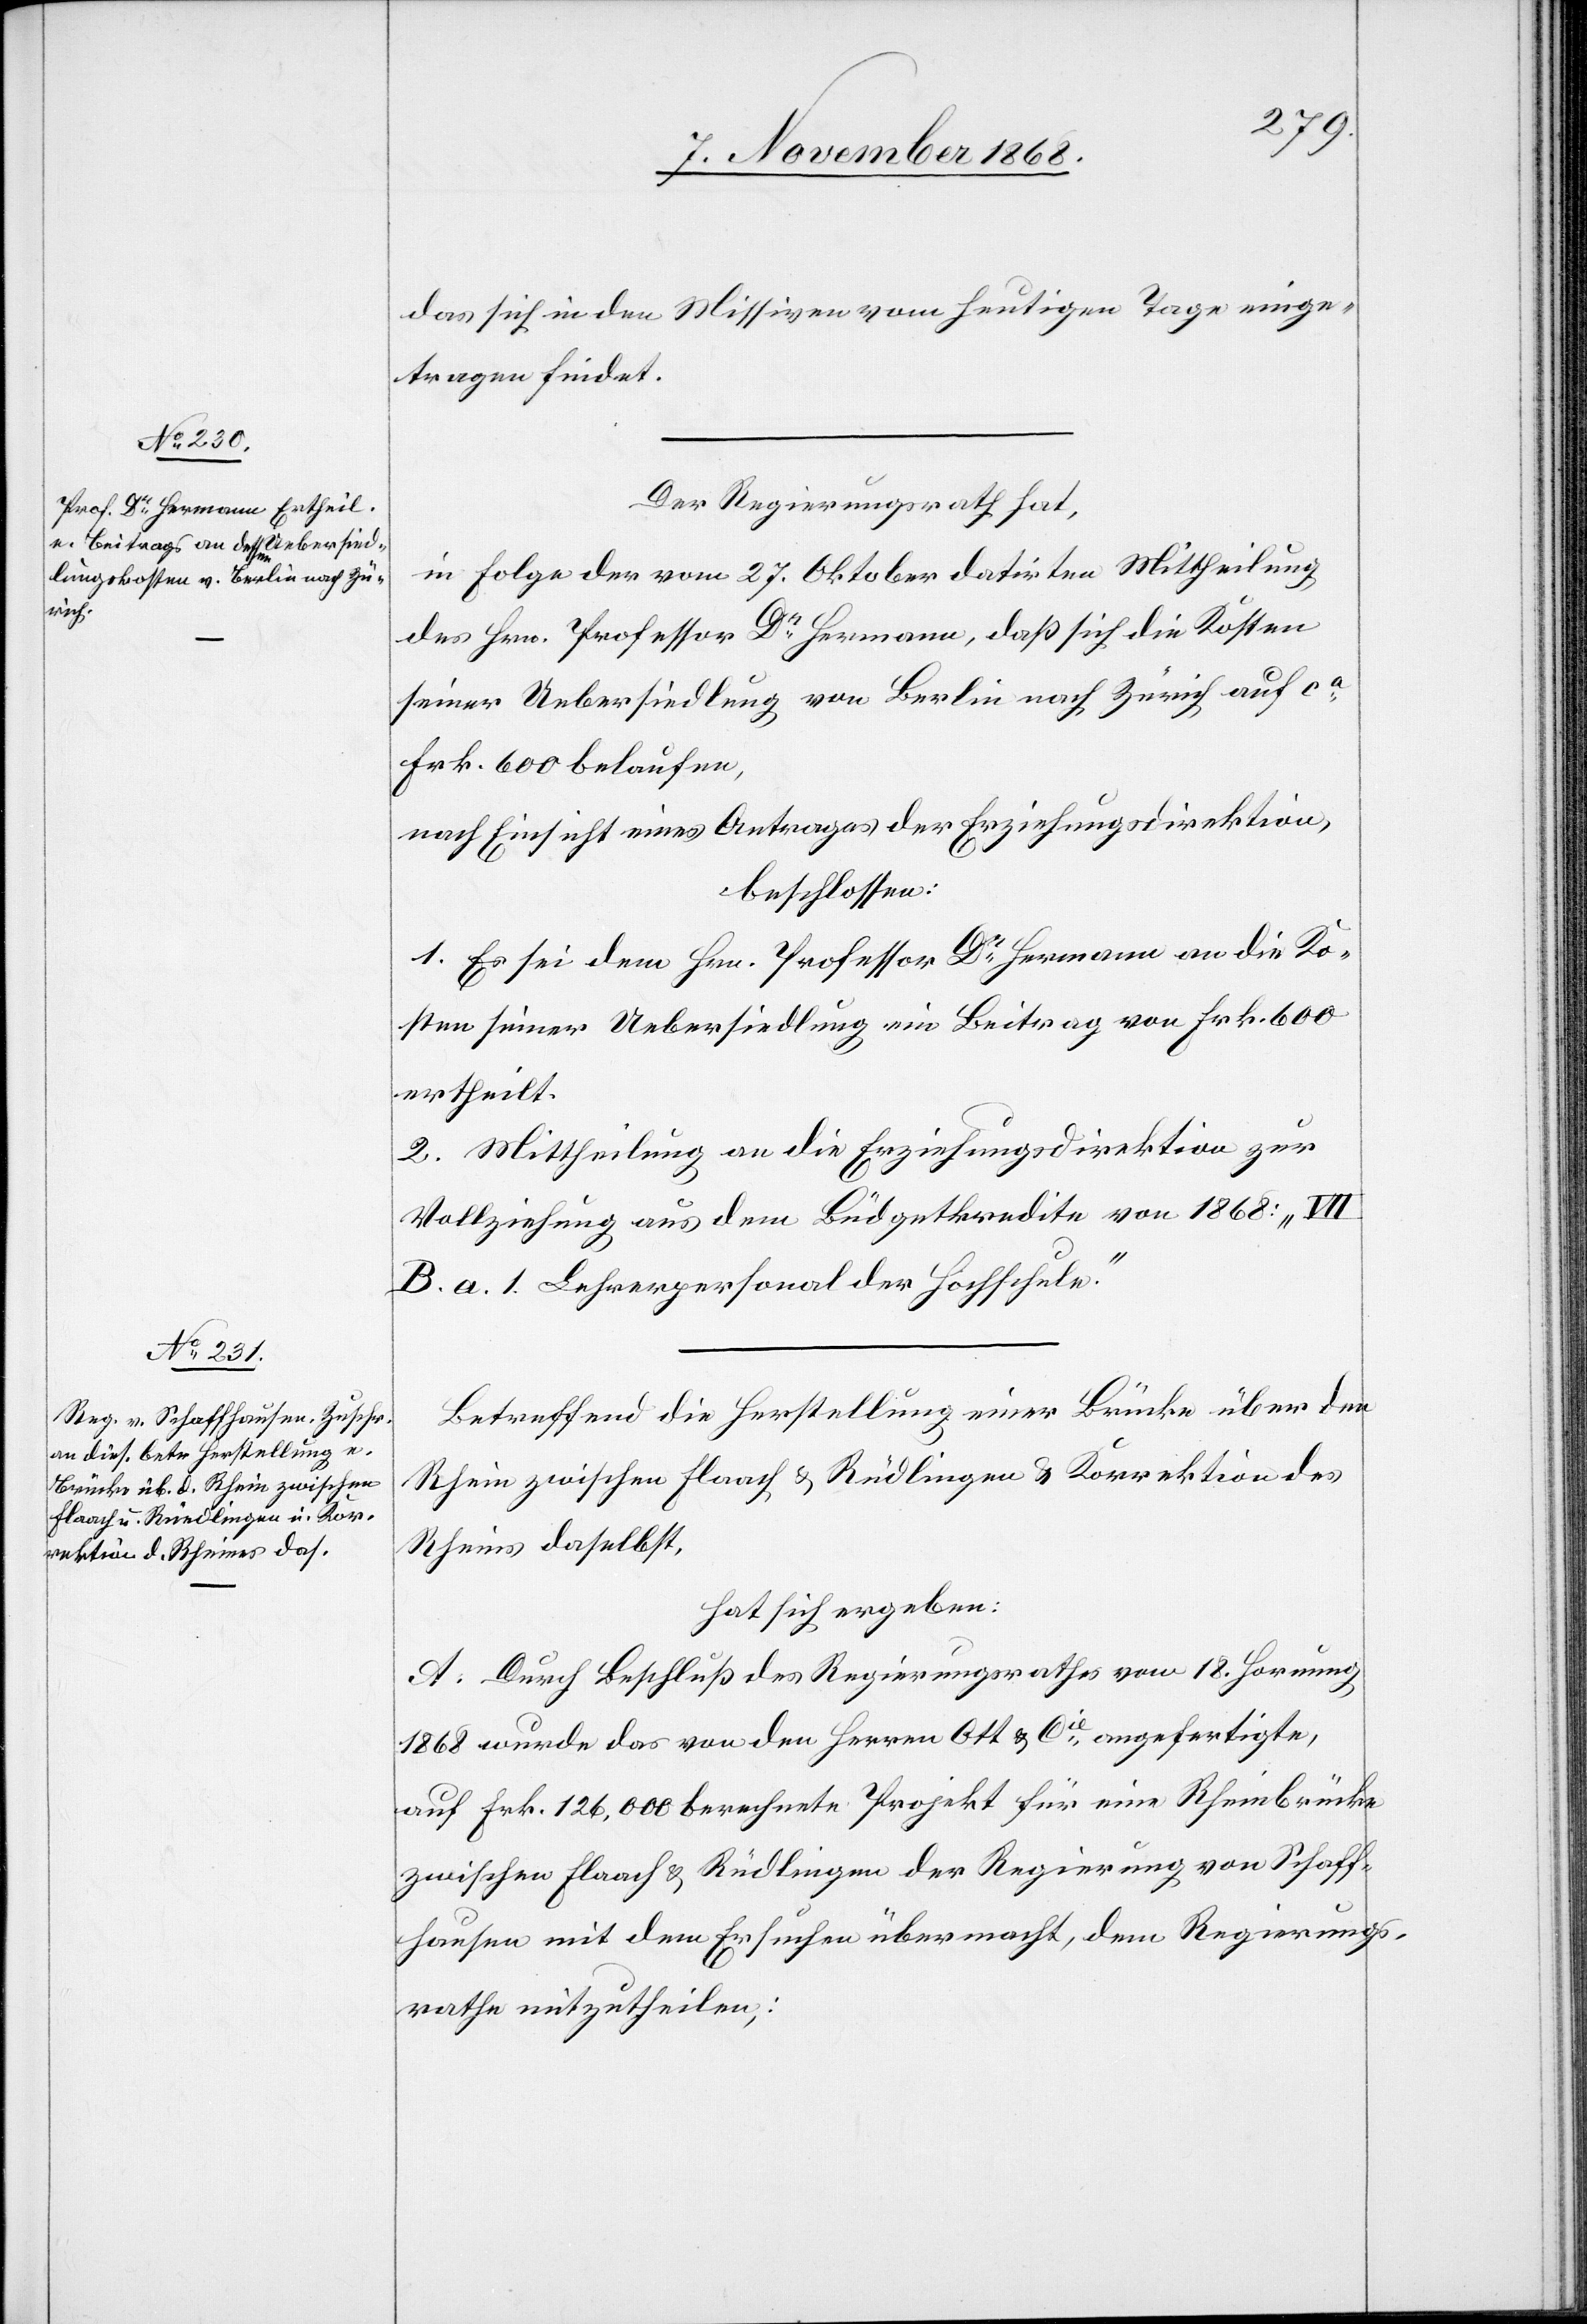
das sich in den Missiven vom heutigen Tage einge¬
tragen findet.
Der Regierungsrath hat,
in Folge der vom 27. Oktober datirten Mittheilung
des Hrn. Professor Dr Hermann, daß sich die Kosten
seiner Uebersiedlung von Berlin nach Zürich auf ca
Frk. 600 belaufen,
nach Einsicht eines Antrages der Erziehungsdirektion,
beschlossen:
1. Es sei dem Hrn. Professor Dr Hermann an die Ko¬
sten seiner Uebersiedlung ein Beitrag von Frk. 600
ertheilt.
2. Mittheilung an die Erziehungsdirektion zur
Vollziehung aus dem Büdgetkredite von 1868:
B. a. 1 Lehrerpersonal der Hochschule.“
Betreffend die Herstellung einer Brücke über den
Rhein zwischen Flaach & Rüdlingen & Korrektion des
Rheins daselbst,
hat sich ergeben:
A. Durch Beschluß des Regierungsrathes vom 18. Hornung
1868 wurde das von den Herren Ott & Cie angefertigte,
auf Frk. 126,000 berechnete Projekt für eine Rheinbrücke
zwischen Flaach & Rüdlingen der Regierung von Schaff¬
hausen mit dem Ersuchen übermacht, dem Regierungs¬
rathe mitzutheilen,: